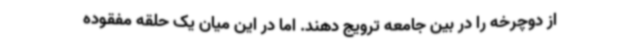
از دوچرخه را در بین جامعه ترویج دهند. اما در این میان یک حلقه مفقوده